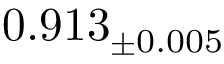
0 . 9 1 3 _ { \pm 0 . 0 0 5 }